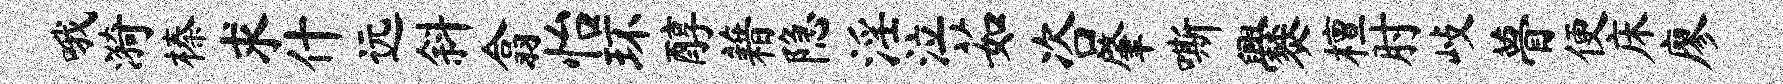
哦漪榛求什远斜翕怡环醇藉隐淫泣茹咨肇嘶爨檀肘歧瞢便床廖